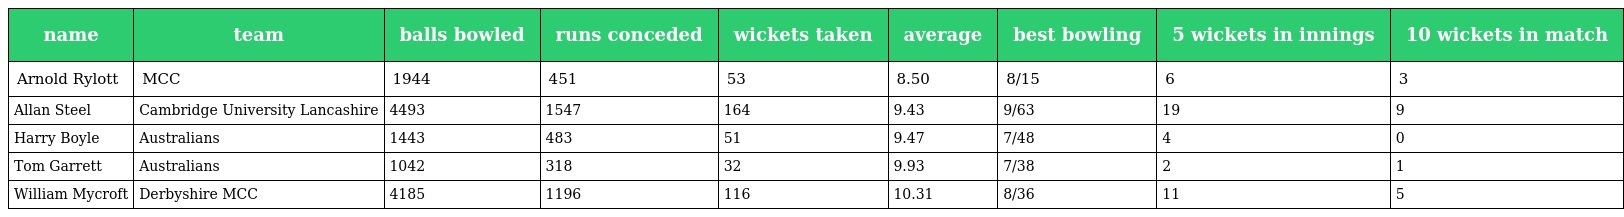
| name | team | balls bowled | runs conceded | wickets taken | average | best bowling | 5 wickets in innings | 10 wickets in match |
 | --- | --- | --- | --- | --- | --- | --- | --- | --- |
 | Arnold Rylott | MCC | 1944 | 451 | 53 | 8.50 | 8/15 | 6 | 3 |
 | Allan Steel | Cambridge University Lancashire | 4493 | 1547 | 164 | 9.43 | 9/63 | 19 | 9 |
 | Harry Boyle | Australians | 1443 | 483 | 51 | 9.47 | 7/48 | 4 | 0 |
 | Tom Garrett | Australians | 1042 | 318 | 32 | 9.93 | 7/38 | 2 | 1 |
 | William Mycroft | Derbyshire MCC | 4185 | 1196 | 116 | 10.31 | 8/36 | 11 | 5 |